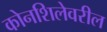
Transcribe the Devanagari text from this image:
कोनशिलेवरील